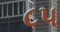
૮પ